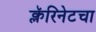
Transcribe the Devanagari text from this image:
क्लॅरिनेटचा